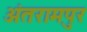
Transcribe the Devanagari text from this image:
अंतरामपुर